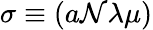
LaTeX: \sigma\equiv(a\mathcal{N}\lambda\mu)